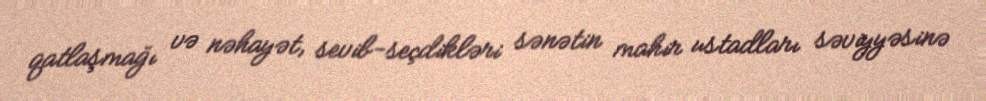
qatlaşmağı və nəhayət, sevib-seçdikləri sənətin mahir ustadları səviyyəsinə